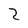
Character: 2